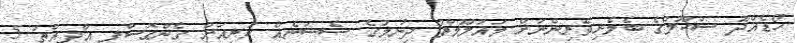
ހޯޑެއްދޫ ސްކޫލްގެ ބެލެނިވެރިންނަށް މައުލޫމާތު ދިނުމުގެ ސެޝަނެއް ކުރިއަށް ގެންގޮސްފި އާދިއްތަ 5